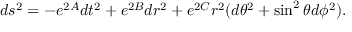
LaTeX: d s ^ { 2 } = - e ^ { 2 A } d t ^ { 2 } + e ^ { 2 B } d r ^ { 2 } + e ^ { 2 C } r ^ { 2 } ( d \theta ^ { 2 } + \sin ^ { 2 } \theta d \phi ^ { 2 } ) .